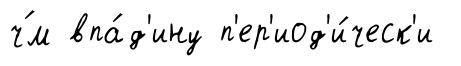
ч́м впа́д'ину п'ер'иод'и́ческ'и